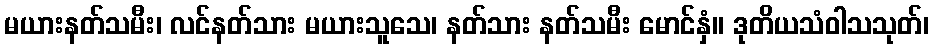
မယားနတ်သမီး၊ လင်နတ်သား မယားသူသေ၊ နတ်သား နတ်သမီး မောင်နှံ။ ဒုတိယသံဝါသသုတ်၊